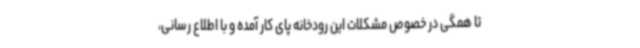
تا همگی در خصوص مشکلات این رودخانه پای کار آمده و با اطلاع رسانی،